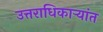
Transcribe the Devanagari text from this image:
उत्तराधिकाऱ्यांत